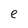
Character: e